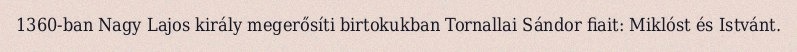
1360-ban Nagy Lajos király megerősíti birtokukban Tornallai Sándor fiait: Miklóst és Istvánt.